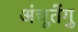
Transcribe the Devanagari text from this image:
अंचुतेंगु